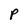
Character: P